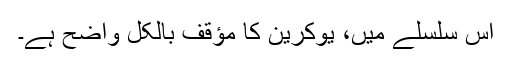
اس سلسلے میں، یوکرین کا مؤقف بالکل واضح ہے۔